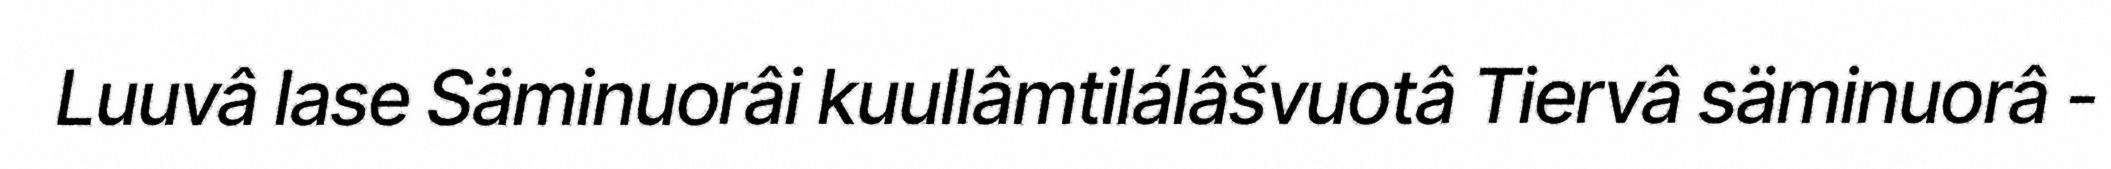
Luuvâ lase Säminuorâi kuullâmtilálâšvuotâ Tiervâ säminuorâ -